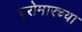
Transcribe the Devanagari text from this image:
एरोमारच्या